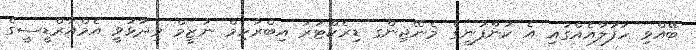
ބޭއްވި ހަފުލާއެއްގައި އެ ކުންފުނީގެ މެނޭޖިންގ ޑިރެކްޓަރު އިބްރާހިމް ނަޒީމް ވިދާޅުވީ އެމްއާރްޑީސީގެ